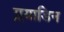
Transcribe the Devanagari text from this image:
ग्लयाडिन